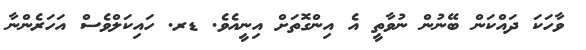
ވާހަކަ ދައްކަން ބޭނުން ނުވާތީ އެ އިންގޮތަށް އިނީއެވެ. ޑރ. ހައިކަލްވެސް އަަހަރެންނާ